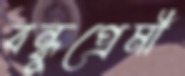
বন্ধুপ্রেমী